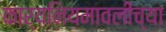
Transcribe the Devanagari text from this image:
कार्यनियमावलीच्या